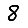
Digit: 8